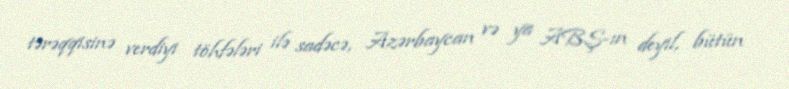
tərəqqisinə verdiyi töhfələri ilə sadəcə, Azərbaycan və ya ABŞ-ın deyil, bütün